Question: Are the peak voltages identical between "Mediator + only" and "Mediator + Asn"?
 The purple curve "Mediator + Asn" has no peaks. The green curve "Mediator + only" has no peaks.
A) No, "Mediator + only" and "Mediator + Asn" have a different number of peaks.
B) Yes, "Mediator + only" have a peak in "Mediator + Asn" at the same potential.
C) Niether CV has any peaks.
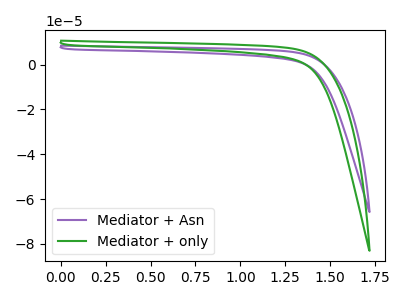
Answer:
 <answer>C) Niether CV has any peaks.</answer>
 <eval>C</eval>